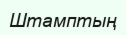
Штамптың